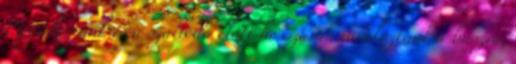
Megérkeztünk és a szálloda előtt hosszasan várakoztunk a buszra,